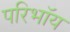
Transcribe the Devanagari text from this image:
परिभाॅय